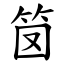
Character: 笝